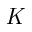
\mathit { K }